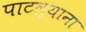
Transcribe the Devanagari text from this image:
पाटल्याना